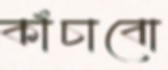
কাঁচাবো